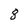
Character: 8